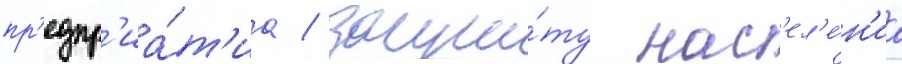
пр'едпр'иа́т'иа / защи́ту нас'ел'е́н'иа